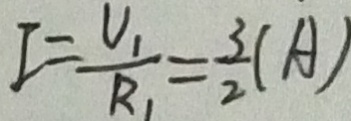
I = \frac { V _ { 1 } } { R _ { 1 } } = \frac { 3 } { 2 } ( A )